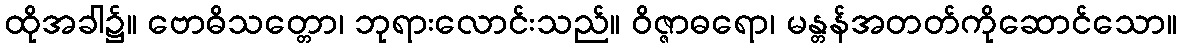
ထိုအခါ၌။ ဗောဓိသတ္တော၊ ဘုရားလောင်းသည်။ ဝိဇ္ဇာဓရော၊ မန္တန်အတတ်ကိုဆောင်သော။